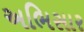
અભિસાર